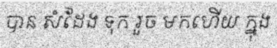
បាន សំដែង ទុក រួច មកហើយ ក្នុង